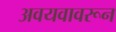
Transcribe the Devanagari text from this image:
अवयवावरून